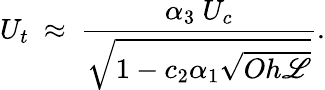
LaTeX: U_{t}~\approx~\frac{\alpha_{3}~U_{c}}{\sqrt{1-c_{2}\alpha_{1}\sqrt{Oh{\mathscr{L}}}}}.